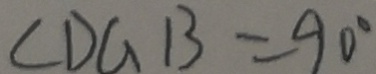
\angle D G B = 9 0 ^ { \circ }